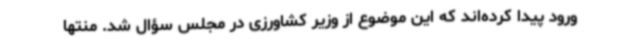
ورود پیدا کرده‌اند که این موضوع از وزیر کشاورزی در مجلس سؤال شد. منتها